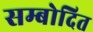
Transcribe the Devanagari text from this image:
सम्बोदित